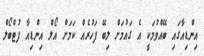
އިންޑިއާގައި ބޭއްވުމަކީ އެ ގައުމަށް ލިބޭ ފަހުރެއް ކަމަށް އޯލް އިންޑިއާ ފުޓްބޯލް